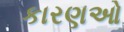
કારણઓ